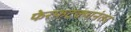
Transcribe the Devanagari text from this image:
फेरफटक्यानंतर